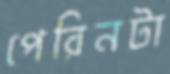
পেরিনটা